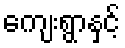
ကျေးရွာနှင့်